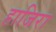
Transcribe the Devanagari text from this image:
हाजिरा